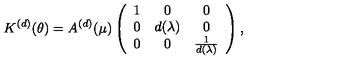
K ^ { ( d ) } ( \theta ) = A ^ { ( d ) } ( \mu ) \left( \begin{array} { c c c } { 1 } & { 0 } & { 0 } \\ { 0 } & { d ( \lambda ) } & { 0 } \\ { 0 } & { 0 } & { \frac { 1 } { d ( \lambda ) } } \\ \end{array} \right) ,